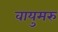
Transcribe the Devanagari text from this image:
वायुमरु